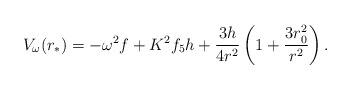
LaTeX: \begin{align*}V_\omega(r_*) = - \omega^2 f + K^2 f_5 h + {3 h \over 4 r^2} \left ( 1 + {3 r_0^2 \over r^2} \right ).\end{align*}